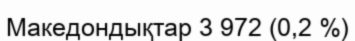
Македондықтар 3 972 (0,2 %)